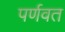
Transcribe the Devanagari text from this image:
पर्णवत